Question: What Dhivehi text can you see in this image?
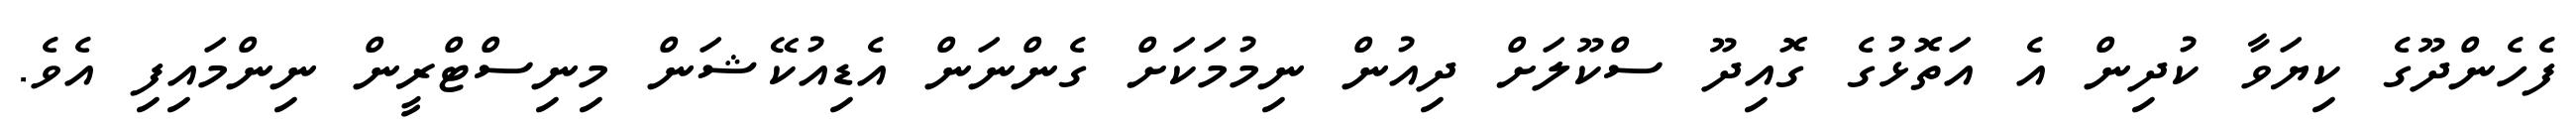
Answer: ފެހެންދޫގެ ކިޔަވާ ކުދިން އެ އަތޮޅުގެ ގޮއިދޫ ސްކޫލަށް ދިއުން ނިމުމަކަށް ގެންނަން އެޑިއުކޭޝަން މިނިސްޓްރީން ނިންމައިފި އެވެ.